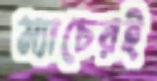
ম্যাচেরই